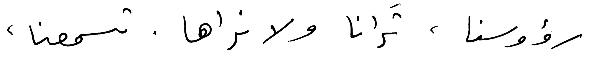
رؤوسنا، تَرانا ولا نراها. تسمعنا،